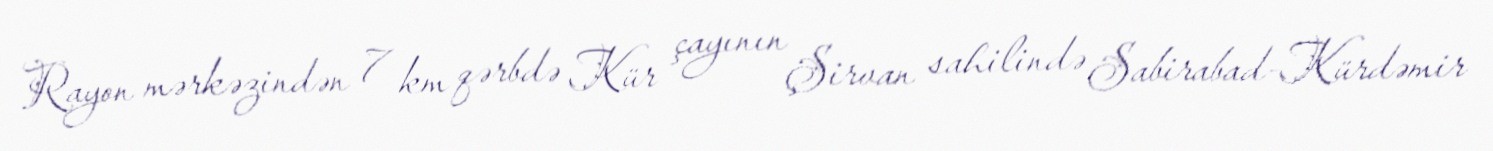
Rayon mərkəzindən 7 km qərbdə Kür çayının Şirvan sahilində Sabirabad-Kürdəmir